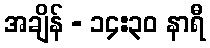
အချိန် - ၁၄:၃၀ နာရီ